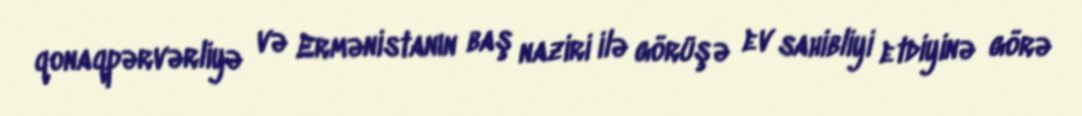
qonaqpərvərliyə və Ermənistanın baş naziri ilə görüşə ev sahibliyi etdiyinə görə